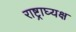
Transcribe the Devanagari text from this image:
राष्ट्राघ्यक्ष